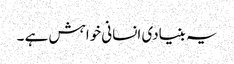
یہ بنیادی انسانی خواہش ہے ۔